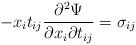
LaTeX: \begin{align*} - x_i t_{ij} \frac{\partial^{2} \Psi}{\partial x_i \partial t_{ij}} =\sigma_{ij}\end{align*}